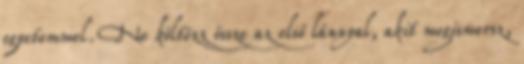
egyetemmel. Ne költözz össze az első lánnyal, akit megismersz,